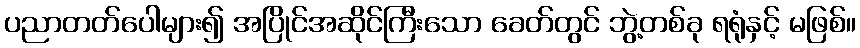
ပညာတတ်ပေါများ၍ အပြိုင်အဆိုင်ကြီးသော ခေတ်တွင် ဘွဲ့တစ်ခု ရရုံနှင့် မဖြစ်။